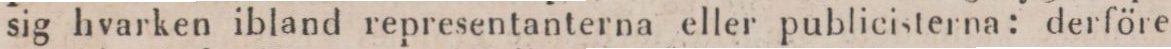
sig hvarken ibland representanterna eller publicisterna: derföre